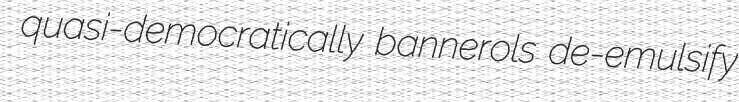
quasi-democratically bannerols de-emulsify